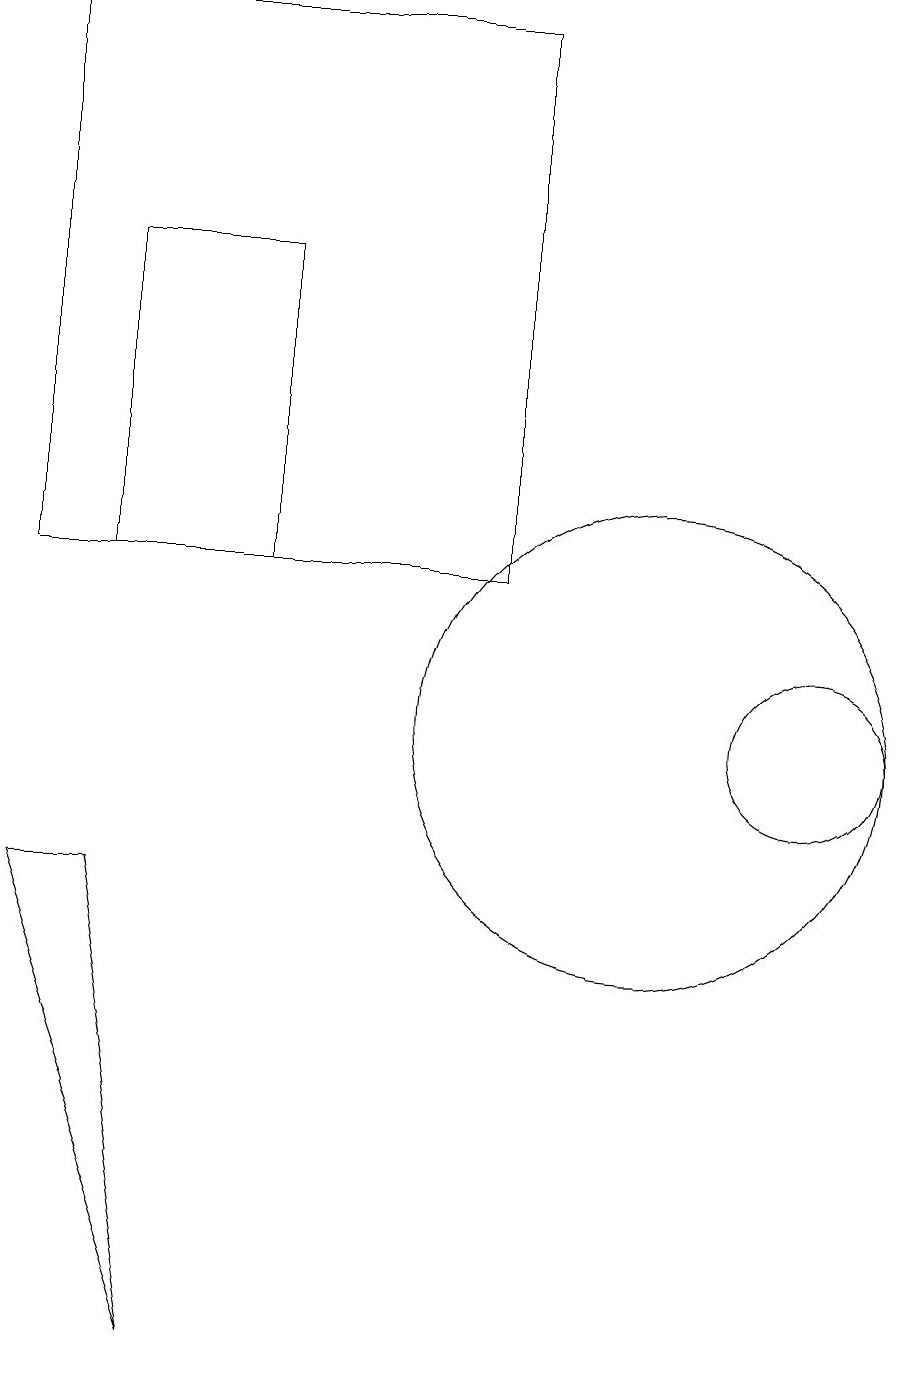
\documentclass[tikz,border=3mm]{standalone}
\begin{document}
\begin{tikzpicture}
\draw (12,10) circle (1);
\draw (5,12) rectangle (3,16);
\draw (10,10) circle (3);
\draw (2,12) rectangle (8,19);
\draw (3,8) -- (4,2) -- (2,8) -- cycle;
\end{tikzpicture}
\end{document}